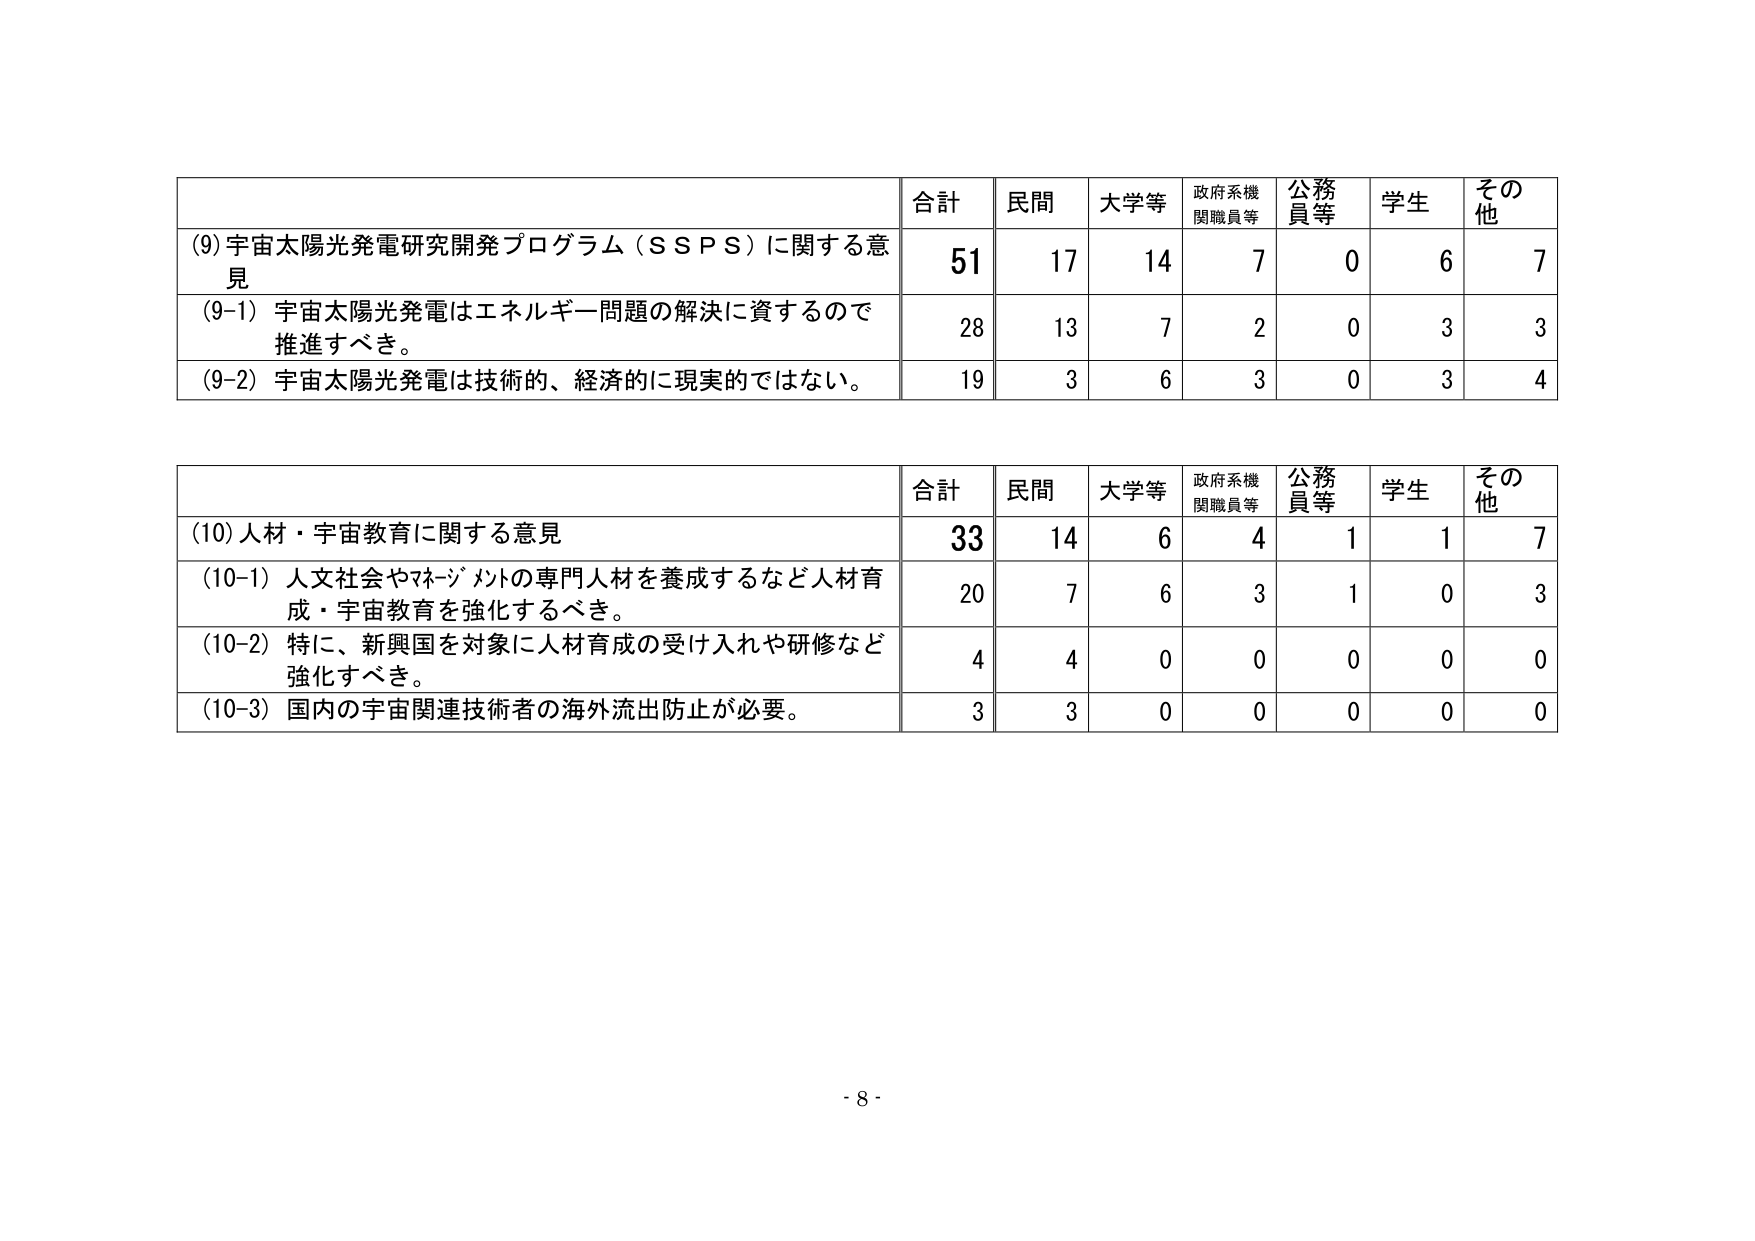
(9) 宇宙太陽光発電研究開発プログラム（ＳＳＰＳ）に関する意見
合計 51
民間 17
大学等 14
政府系機関職員等 7
公務員等 0
学生 6
その他 7

(9-1) 宇宙太陽光発電はエネルギー問題の解決に資するので推進すべき。
28 13 7 2 0 3 3

(9-2) 宇宙太陽光発電は技術的、経済的に現実的ではない。
19 3 6 3 0 3 4

(10) 人材・宇宙教育に関する意見
合計 33
民間 14
大学等 6
政府系機関職員等 4
公務員等 1
学生 1
その他 7

(10-1) 人文社会やマネジメントの専門人材を養成するなど人材育成・宇宙教育を強化するべき。
20 7 6 3 1 0 3

(10-2) 特に、新興国を対象に人材育成の受け入れや研修など強化すべき。
4 4 0 0 0 0 0

(10-3) 国内の宇宙関連技術者の海外流出防止が必要。
3 3 0 0 0 0 0

- 8 -